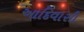
આદિવાસી